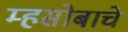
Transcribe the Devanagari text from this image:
म्हसोबाचे